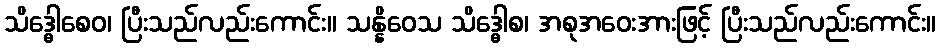
သိဒ္ဓေါစေဝ၊ ပြီးသည်လည်းကောင်း။ သန္နိဝေသ သိဒ္ဓေါစ၊ အစုအဝေးအားဖြင့် ပြီးသည်လည်းကောင်း။